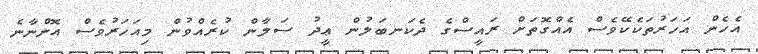
އެހެން އަހަރުތަކެކޭވެސް އެއްގޮތަށް ރައީސްގެ ދެކަނބަލުން ޢީދު ސަލާން ކުރެއްވުން މިއަހަރުވެސް އޮންނާނެ